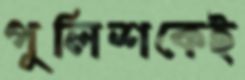
পুলিশকেই